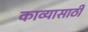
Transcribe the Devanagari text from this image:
काव्यासाठी